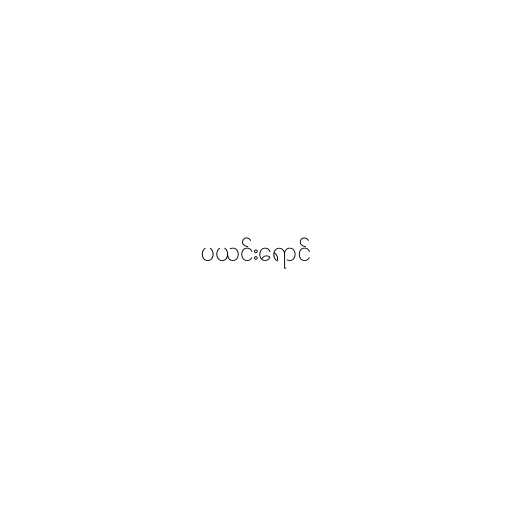
ပယင်းရောင်